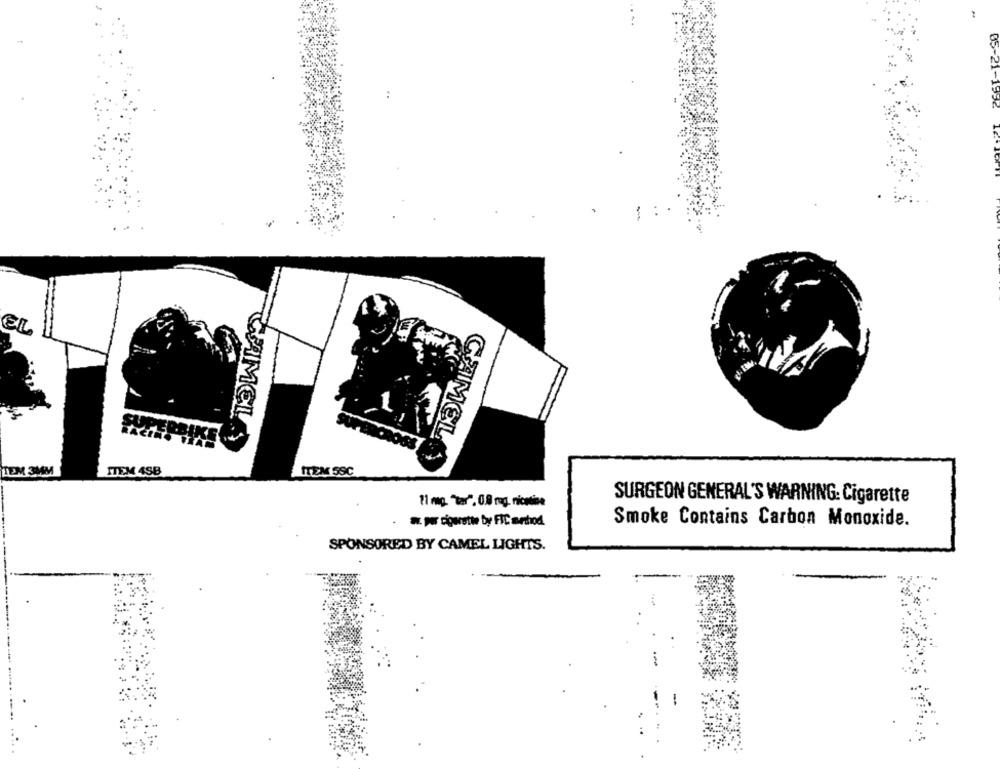
05-21-1932
EL
RBIKE
CAMEL
CAMEL
TEM 3MM
ITEM 4SB
ITEM SSC
SURGEON GENERAL'S WARNING: Cigarette
11 mg. "tar", 0.0 rg. nicotine
w. por cigarette by FIC method
Smoke Contains Carbon Monoxide.
SPONSORED BY CAMEL LIGHTS.